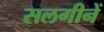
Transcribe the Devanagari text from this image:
सलगीनें